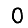
Digit: 0